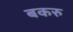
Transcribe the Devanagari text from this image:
बकरु